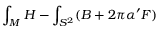
\int _ { M } H - \int _ { S ^ { 2 } } ( B + 2 \pi \alpha ^ { \prime } F )